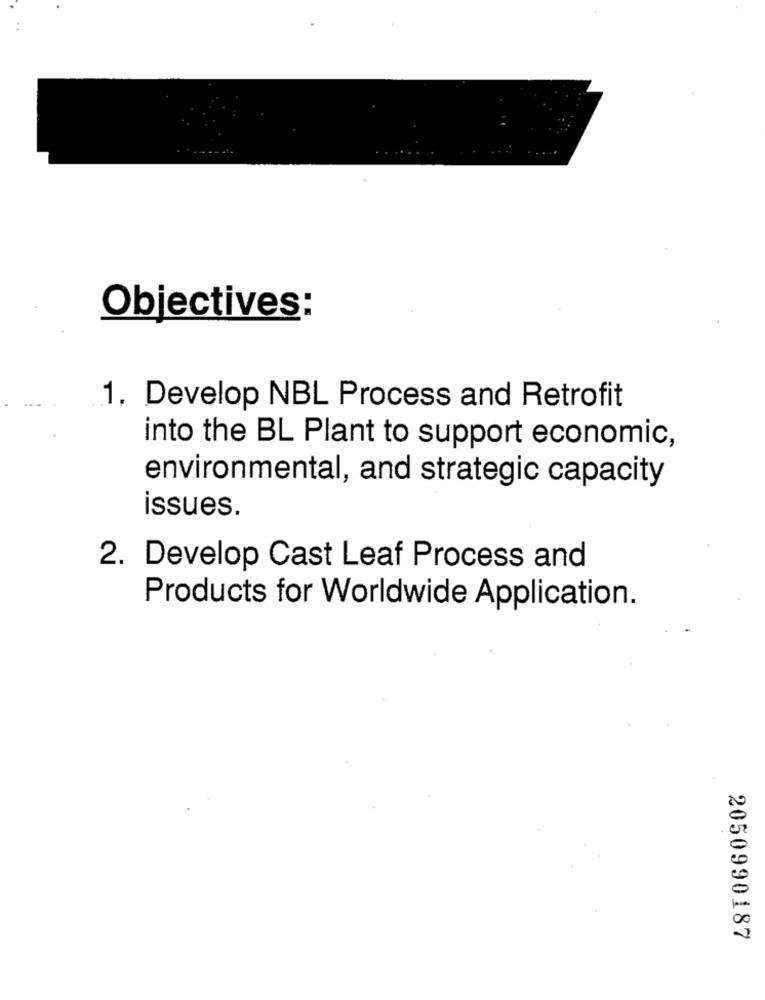
Objectives:
1. Develop NBL Process and Retrofit
into the BL Plant to support economic,
environmental, and strategic capacity
issues.
2. Develop Cast Leaf Process and
Products for Worldwide Application.
2050990187